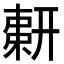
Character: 𢍫